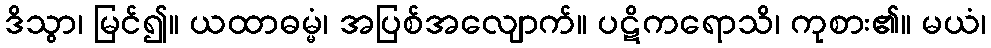
ဒိသွာ၊ မြင်၍။ ယထာဓမ္မံ၊ အပြစ်အလျောက်။ ပဋိကရောသိ၊ ကုစား၏။ မယံ၊